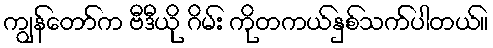
ကျွန်တော်က ဗီဒီယို ဂိမ်း ကိုတကယ်နှစ်သက်ပါတယ်။